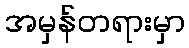
အမှန်တရားမှာ